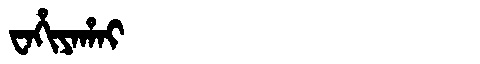
Manchu: ᠸᠠᡥᡳᠶᠠᡥᠠᡳ
Romanization: WAHIYAHAI